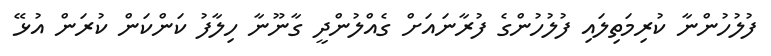
ފުލުހުންނާ ކުރިމަތިލައި ފުލުހުންގެ ފުރާނައަށް ގެއްލުންދީ ގާނޫނާ ހިލާފު ކަންކަން ކުރަން އުޅޭ